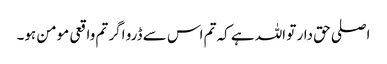
اصلی حق دار تو اللہ ہے کہ تم اس سے ڈرو اگر تم واقعی مومن ہو۔